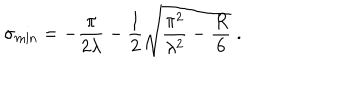
\sigma _ { \mathrm { m i n } } = - \frac { \pi } { 2 \lambda } - \frac { 1 } { 2 } \sqrt { \frac { \pi ^ { 2 } } { \lambda ^ { 2 } } - \frac { R } { 6 } } \; .